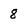
Character: 8